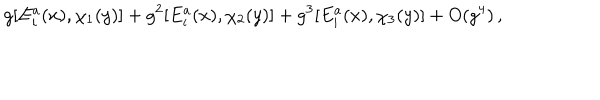
g [ E _ { i } ^ { a } ( x ) , \chi _ { 1 } ( y ) ] + g ^ { 2 } [ E _ { i } ^ { a } ( x ) , \chi _ { 2 } ( y ) ] + g ^ { 3 } [ E _ { i } ^ { a } ( x ) , \chi _ { 3 } ( y ) ] + O ( g ^ { 4 } ) \, ,